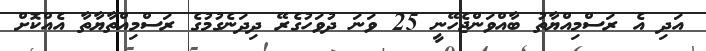
އަދި އެ ރަސްމިއްޔާތު ބާއްވަންޖެހޭނީ 25 ވަނަ ދުވަހުގެރޭ ދިދަނެގުމުގެ ރަސްމިއްތާޔާތާ އެއްކޮށް